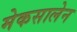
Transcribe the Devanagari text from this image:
मेकसालेन